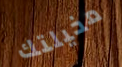
مخيلتك